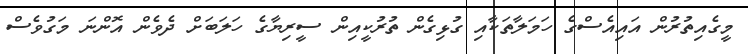
މީގެއިތުރުން އައިއެސްގެ ހަމަލާތަކާއި ގުޅިގެން ތުރުކީއިން ސީރިޔާގެ ހަލަބަށް ދެވެން އޮންނަ މަގުވެސް